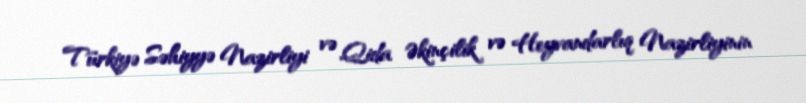
Türkiyə Səhiyyə Nazirliyi və Qida Əkinçilik və Heyvandarlıq Nazirliyinin